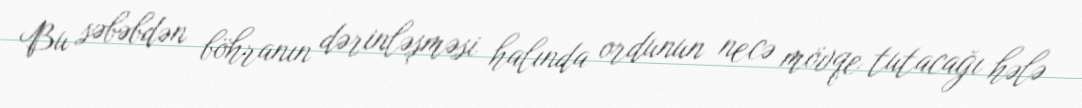
Bu səbəbdən böhranın dərinləşməsi halında ordunun necə mövqe tutacağı hələ